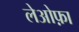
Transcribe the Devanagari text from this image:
लेओफ़ा